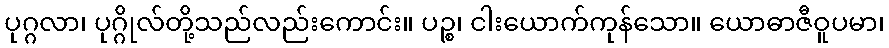
ပုဂ္ဂလာ၊ ပုဂ္ဂိုလ်တို့သည်လည်းကောင်း။ ပဉ္စ၊ ငါးယောက်ကုန်သော။ ယောဓာဇီဝူပမာ၊